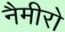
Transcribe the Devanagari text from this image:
नैमीरो